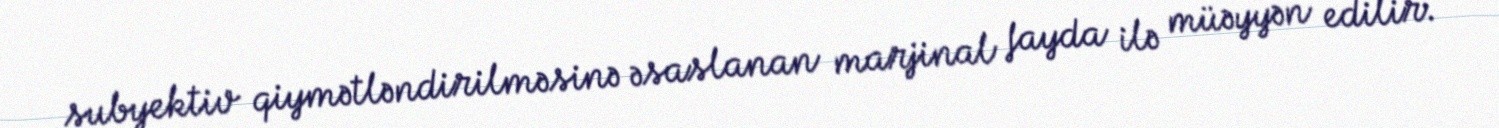
subyektiv qiymətləndirilməsinə əsaslanan marjinal fayda ilə müəyyən edilir.